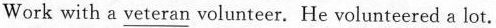
Work with a \underline{veteran} volunteer. He volunteered a lot.